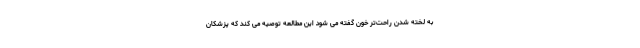
به لخته شدن راحت‌تر خون گفته می شود این مطالعه توصیه می کند که پزشکان